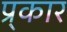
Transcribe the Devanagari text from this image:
प्र्कार